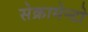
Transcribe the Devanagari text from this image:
सेक्रामेन्टो